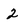
Character: 2